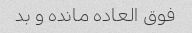
فوق العاده مانده و بد